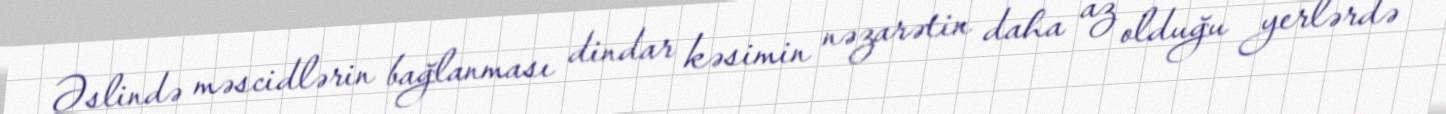
Əslində məscidlərin bağlanması dindar kəsimin nəzarətin daha az olduğu yerlərdə